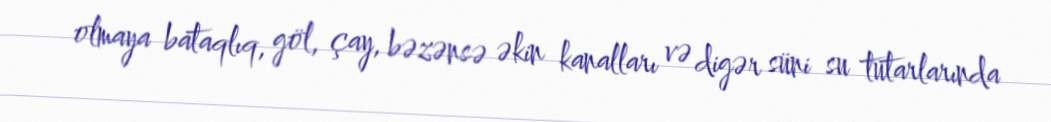
olmaya bataqlıq, göl, çay, bəzənsə əkin kanalları və digər süni su tutarlarında